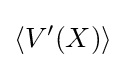
\left\langle V'(X)\right\rangle